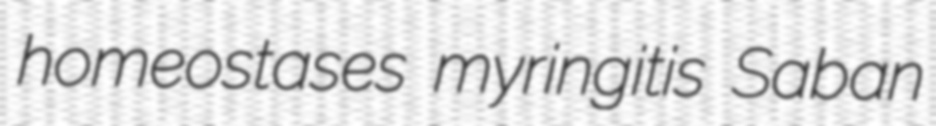
homeostases myringitis Saban